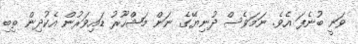
ވަނީ ބުނެފަ އެވެ. ނަމަވެސް ދުނިޔޭގެ ނަން މަޝްހޫރު ޑައިވަރުން އެކުދިން ތިބި